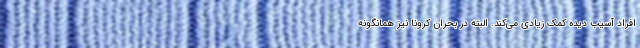
افراد آسیب دیده کمک زیادی می‌کند. البته در بحران کرونا نیز همانگونه